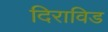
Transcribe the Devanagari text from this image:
दिराविड